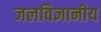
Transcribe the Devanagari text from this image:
जलविज्ञानीय